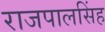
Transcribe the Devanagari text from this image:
राजपालसिंह